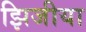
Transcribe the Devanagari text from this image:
झिजीया